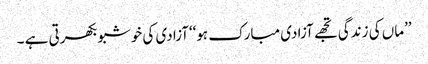
’’ماں کی زندگی تجھے آزادی مبارک ہو‘‘آزادی کی خوشبو بکھرتی ہے ۔